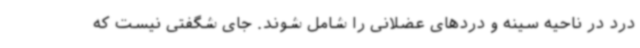
درد در ناحیه سینه و دردهای عضلانی را شامل شوند. جای شگفتی نیست که